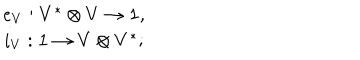
\begin{array} { c } { { e _ { V } : V ^ { * } \otimes V \to { \bf 1 } , } } \\ { { i _ { V } : { \bf 1 } \to V \otimes V ^ { * } ; } } \\ \end{array}